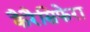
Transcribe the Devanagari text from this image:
कैरैसिफेरा